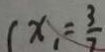
( x _ { 1 } = \frac { 3 } { 7 }